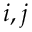
i , j